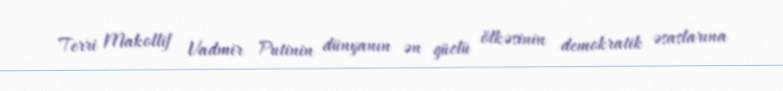
Terri Makollif Vadmir Putinin dünyanın ən güclü ölkəsinin demokratik əsaslarına